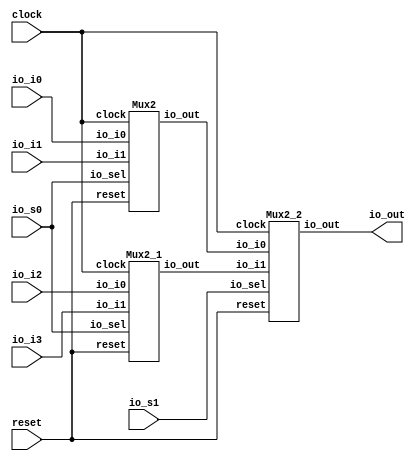
module Mux4(
    input clock,
    input reset,
    input io_s0,
    input io_s1,
    input io_i0,
    input io_i1,
    input io_i2,
    input io_i3,
    output io_out
);
    wire _m0__clock;
    wire _m0__reset;
    wire _m0__io_sel;
    wire _m0__io_i0;
    wire _m0__io_i1;
    wire _m0__io_out;
    Mux2 m0 (
        .clock(_m0__clock),
        .reset(_m0__reset),
        .io_sel(_m0__io_sel),
        .io_i0(_m0__io_i0),
        .io_i1(_m0__io_i1),
        .io_out(_m0__io_out)
    );
    wire _m1__clock;
    wire _m1__reset;
    wire _m1__io_sel;
    wire _m1__io_i0;
    wire _m1__io_i1;
    wire _m1__io_out;
    Mux2_1 m1 (
        .clock(_m1__clock),
        .reset(_m1__reset),
        .io_sel(_m1__io_sel),
        .io_i0(_m1__io_i0),
        .io_i1(_m1__io_i1),
        .io_out(_m1__io_out)
    );
    wire _m2__clock;
    wire _m2__reset;
    wire _m2__io_sel;
    wire _m2__io_i0;
    wire _m2__io_i1;
    wire _m2__io_out;
    Mux2_2 m2 (
        .clock(_m2__clock),
        .reset(_m2__reset),
        .io_sel(_m2__io_sel),
        .io_i0(_m2__io_i0),
        .io_i1(_m2__io_i1),
        .io_out(_m2__io_out)
    );
    assign io_out = _m2__io_out;
    assign _m0__clock = clock;
    assign _m0__io_i0 = io_i0;
    assign _m0__io_i1 = io_i1;
    assign _m0__io_sel = io_s0;
    assign _m0__reset = reset;
    assign _m1__clock = clock;
    assign _m1__io_i0 = io_i2;
    assign _m1__io_i1 = io_i3;
    assign _m1__io_sel = io_s0;
    assign _m1__reset = reset;
    assign _m2__clock = clock;
    assign _m2__io_i0 = _m0__io_out;
    assign _m2__io_i1 = _m1__io_out;
    assign _m2__io_sel = io_s1;
    assign _m2__reset = reset;
endmodule //Mux4
module Mux2(
    input clock,
    input reset,
    input io_sel,
    input io_i0,
    input io_i1,
    output io_out
);
    wire _T_13;
    BITWISEAND #(.width(1)) bitwiseand_1 (
        .y(_T_13),
        .a(io_sel),
        .b(io_i1)
    );
    wire _T_14;
    BITWISENOT #(.width(1)) bitwisenot_2 (
        .y(_T_14),
        .in(io_sel)
    );
    wire _T_15;
    BITWISEAND #(.width(1)) bitwiseand_3 (
        .y(_T_15),
        .a(_T_14),
        .b(io_i0)
    );
    wire _T_16;
    BITWISEOR #(.width(1)) bitwiseor_4 (
        .y(_T_16),
        .a(_T_13),
        .b(_T_15)
    );
    assign io_out = _T_16;
endmodule //Mux2
module BITWISEAND(y, a, b);
    parameter width = 4;
    output [width-1:0] y;
    input [width-1:0] a;
    input [width-1:0] b;
    assign y = a & b;
endmodule // BITWISEAND
module BITWISENOT(y, in);
    parameter width = 4;
    output [width-1:0] y;
    input [width-1:0] in;
    assign y = ~in;
endmodule // BITWISENOT
module BITWISEOR(y, a, b);
    parameter width = 4;
    output [width-1:0] y;
    input [width-1:0] a;
    input [width-1:0] b;
    assign y = a | b;
endmodule // BITWISEOR
module Mux2_1(
    input clock,
    input reset,
    input io_sel,
    input io_i0,
    input io_i1,
    output io_out
);
    wire _T_13;
    BITWISEAND #(.width(1)) bitwiseand_5 (
        .y(_T_13),
        .a(io_sel),
        .b(io_i1)
    );
    wire _T_14;
    BITWISENOT #(.width(1)) bitwisenot_6 (
        .y(_T_14),
        .in(io_sel)
    );
    wire _T_15;
    BITWISEAND #(.width(1)) bitwiseand_7 (
        .y(_T_15),
        .a(_T_14),
        .b(io_i0)
    );
    wire _T_16;
    BITWISEOR #(.width(1)) bitwiseor_8 (
        .y(_T_16),
        .a(_T_13),
        .b(_T_15)
    );
    assign io_out = _T_16;
endmodule //Mux2_1
module Mux2_2(
    input clock,
    input reset,
    input io_sel,
    input io_i0,
    input io_i1,
    output io_out
);
    wire _T_13;
    BITWISEAND #(.width(1)) bitwiseand_9 (
        .y(_T_13),
        .a(io_sel),
        .b(io_i1)
    );
    wire _T_14;
    BITWISENOT #(.width(1)) bitwisenot_10 (
        .y(_T_14),
        .in(io_sel)
    );
    wire _T_15;
    BITWISEAND #(.width(1)) bitwiseand_11 (
        .y(_T_15),
        .a(_T_14),
        .b(io_i0)
    );
    wire _T_16;
    BITWISEOR #(.width(1)) bitwiseor_12 (
        .y(_T_16),
        .a(_T_13),
        .b(_T_15)
    );
    assign io_out = _T_16;
endmodule //Mux2_2